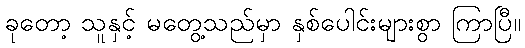
ခုတော့ သူနှင့် မတွေ့သည်မှာ နှစ်ပေါင်းများစွာ ကြာပြီ။